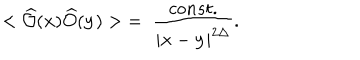
< \widehat { \cal O } ( { \bf x } ) \widehat { \cal O } ( { \bf y } ) > \; = \; \frac { c o n s t . } { | { \bf x } - { \bf y } | ^ { 2 \Delta } } .